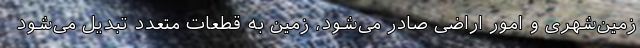
زمین‌شهری و امور اراضی صادر می‌شود، زمین به قطعات متعدد تبدیل می‌شود